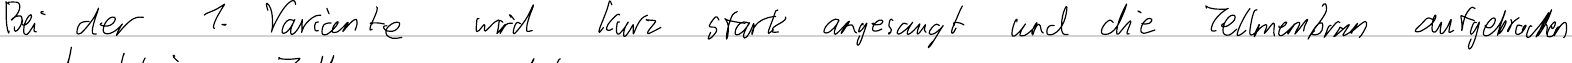
Bei der 1. Variante wird kurz stark angesaugt und die Zellmembran aufgebrochen